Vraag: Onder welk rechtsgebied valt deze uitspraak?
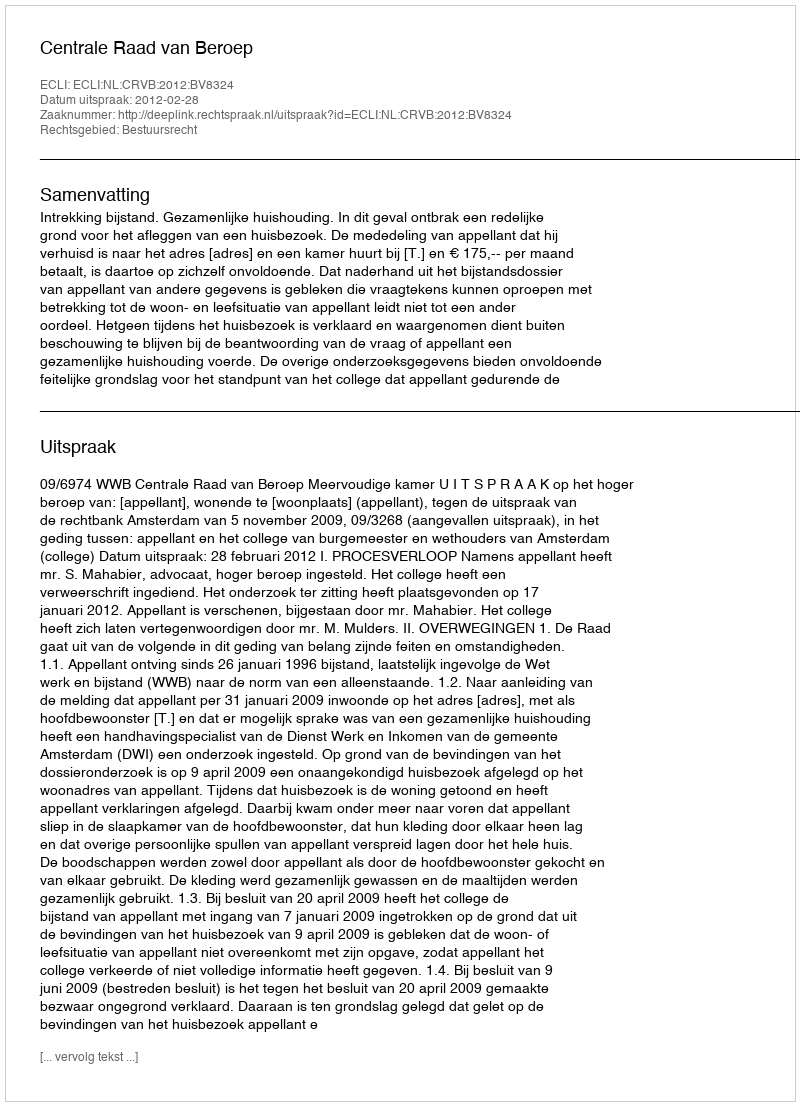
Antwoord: Bestuursrecht